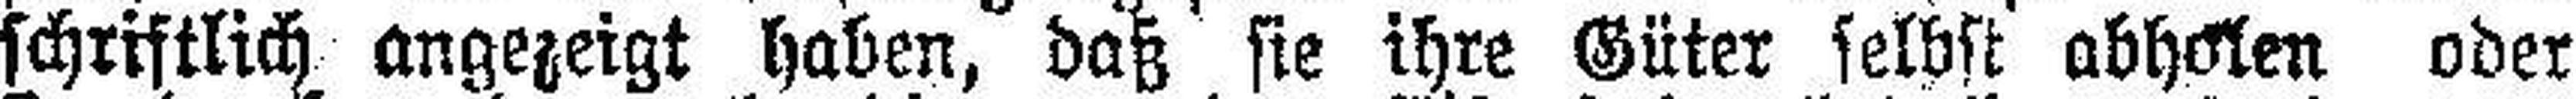
schriftlich angezeigt haben, daß sie ihre Güter selbst abholen oder